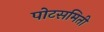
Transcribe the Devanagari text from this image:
पोटसमिती